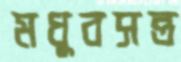
মধুবসন্ত